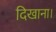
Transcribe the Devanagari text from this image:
दिखाना।